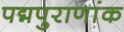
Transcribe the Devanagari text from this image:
पद्मपुराणांक